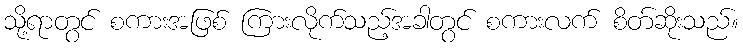
သို့ရာတွင် စကားအဖြစ် ကြားလိုက်သည့်အခါတွင် စကားလက် စိတ်ဆိုးသည်။